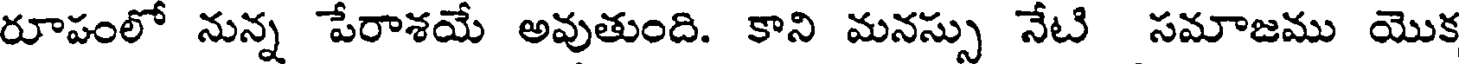
రూపంలో నున్న పేరాశయే అవుతుంది. కాని మనస్సు నేటి సమాజము యొక